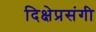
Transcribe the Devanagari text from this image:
दिक्षेप्रसंगी